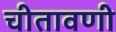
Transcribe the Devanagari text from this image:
चीतावणी